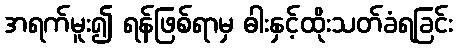
အရက်မူး၍ ရန်ဖြစ်ရာမှ ဓါးနှင့်ထိုးသတ်ခံရခြင်း